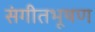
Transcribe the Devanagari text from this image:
संगीतभूषण